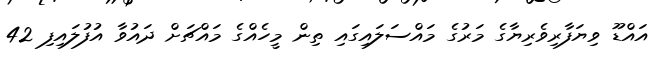
އައްޑޫ ވިޔަފާރިވެރިޔާގެ މަރުގެ މައްސަލައިގައި ތިން މީހެއްގެ މައްޗަށް ދައުވާ އުފުލައިފި 42